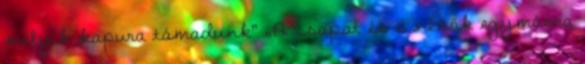
melyik kapura támadunk” „A csapat és a nézők egymásra